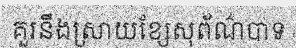
គួរនឹងស្រាយខ្សែសុព័ណ៌បាទ